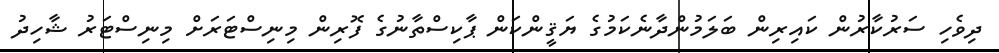
ދިވެހި ސަރުކާރުން ކައިރިން ބަލަމުންދާނެކަމުގެ ޔަޤީންކަން ޕާކިސްތާނުގެ ފޮރިން މިނިސްޓަރަށް މިނިސްޓަރު ޝާހިދު